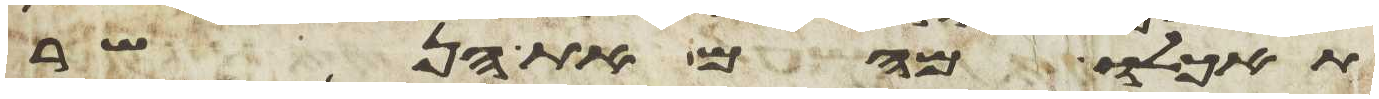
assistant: תאכלו מהם את הנשר